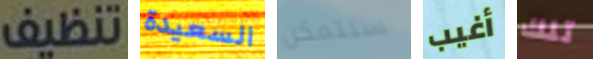
تنظيف السعيدة سنتمكن أغيب تلك